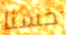
حسنا